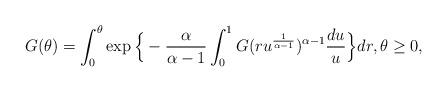
LaTeX: \begin{align*} G( \theta) = \int_0^\theta \exp\Big\{ - \frac{\alpha} {\alpha - 1} \int_0^1 G(ru^{\frac{1}{\alpha - 1} })^{\alpha - 1}\frac{du}{u} \Big\} dr, \theta \geq 0, \end{align*}